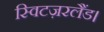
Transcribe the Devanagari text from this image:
स्विटज़रलैंड।